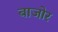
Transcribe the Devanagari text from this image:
बाजोर